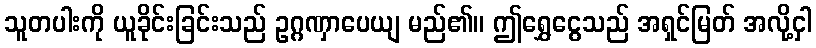
သူတပါးကို ယူခိုင်းခြင်းသည် ဥဂ္ဂဏှာပေယျ မည်၏။ ဤရွှေငွေသည် အရှင်မြတ် အလို့ငှါ